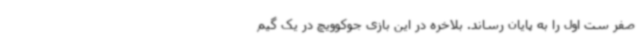
صفر ست اول را به پایان رساند. بلاخره در این بازی جوکوویچ در یک گیم